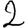
Digit: 2